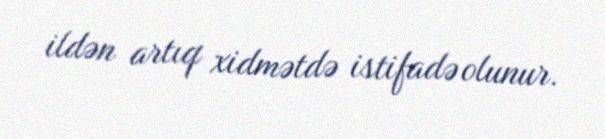
ildən artıq xidmətdə istifadə olunur.